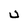
Character: U